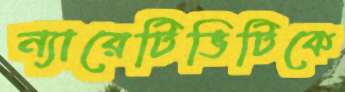
ন্যারেটিভিটিকে